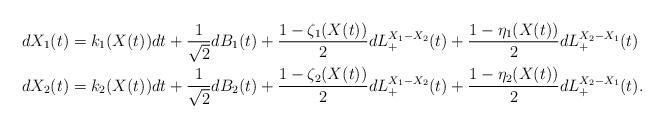
LaTeX: \begin{align*}dX_1(t) &= k_1(X(t)) dt + \frac{1}{\sqrt{2}} dB_1(t)+ \frac{1 - \zeta_1(X(t))}{2} dL_+^{X_1-X_2}(t)+ \frac{1 - \eta_1(X(t))}{2} dL_+^{X_2-X_1}(t)\\dX_2(t) &= k_2(X(t)) dt + \frac{1}{\sqrt{2}} dB_2(t)+ \frac{1 - \zeta_2(X(t))}{2} dL_+^{X_1-X_2}(t)+ \frac{1 - \eta_2(X(t))}{2} dL_+^{X_2-X_1}(t). \\\end{align*}